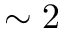
\sim 2